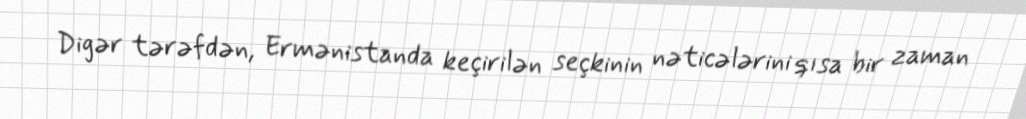
Digər tərəfdən, Ermənistanda keçirilən seçkinin nəticələrini qısa bir zaman